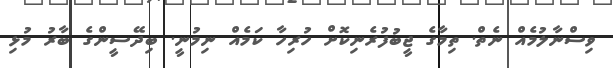
ވިސްނާލުމެއް ނެތް. ތިމާގެ ޖީބުފުރެނިކޮށް ހުރިހާ ކަމެއް ނިމުނީ. ބިދޭސީންގެ ބާރު މުޅި